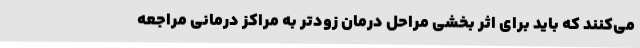
می‌کنند که باید برای اثر بخشی مراحل درمان زودتر به مراکز درمانی مراجعه